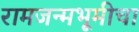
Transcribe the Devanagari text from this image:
रामजन्मभूमीचा